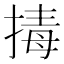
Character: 𭡡